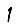
Digit: 1